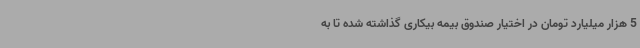
5 هزار میلیارد تومان در اختیار صندوق بیمه بیکاری گذاشته شده تا به